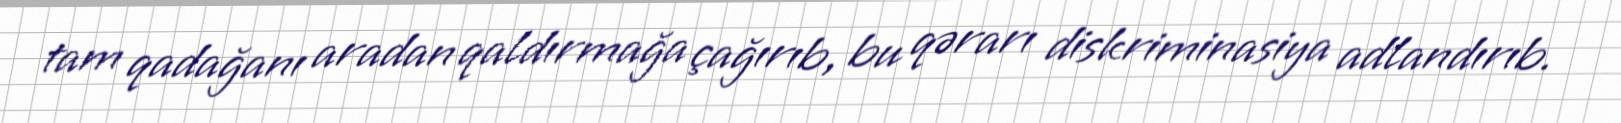
tam qadağanı aradan qaldırmağa çağırıb, bu qərarı diskriminasiya adlandırıb.